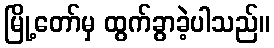
မြို့တော်မှ ထွက်ခွာခဲ့ပါသည်။